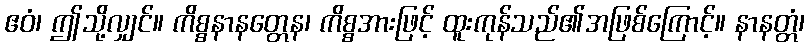
ဧဝံ၊ ဤသို့လျှင်။ ကိစ္စနာနတ္တေန၊ ကိစ္စအားဖြင့် ထူးကုန်သည်၏အဖြစ်ကြောင့်။ နာနတ္တံ၊